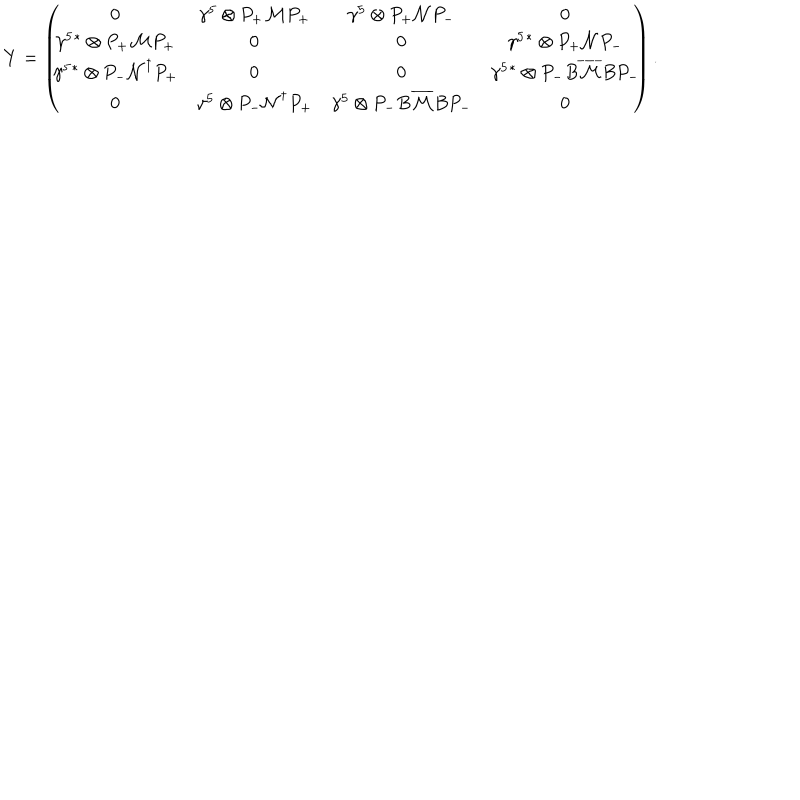
Y = \left( \! \! \! \begin{array} { c c c c } { { 0 } } & { { \gamma ^ { 5 } \otimes P _ { + } \mathcal { M } P _ { + } } } & { { \gamma ^ { 5 } \otimes P _ { + } \mathcal { N } P _ { - } } } & { { 0 } } \\ { { \gamma ^ { 5 } { } ^ { * } \otimes P _ { + } \mathcal { M } P _ { + } } } & { { 0 } } & { { 0 } } & { { \gamma ^ { 5 } { } ^ { * } \otimes P _ { + } \mathcal { N } P _ { - } } } \\ { { \gamma ^ { 5 } { } ^ { * } \otimes P _ { - } \mathcal { N } ^ { \dagger } P _ { + } } } & { { 0 } } & { { 0 } } & { { \gamma ^ { 5 } { } ^ { * } \otimes P _ { - } B \overline { { { \mathcal { M } } } } B P _ { - } } } \\ { { 0 } } & { { \gamma ^ { 5 } \otimes P _ { - } \mathcal { N } ^ { \dagger } P _ { + } } } & { { \gamma ^ { 5 } \otimes P _ { - } B \overline { { { \mathcal { M } } } } B P _ { - } } } & { { 0 } } \\ \end{array} \! \! \! \right) .